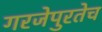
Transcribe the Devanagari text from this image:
गरजेपुरतेच